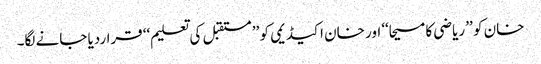
خان کو ’’ ریاضی کا مسیحا‘‘ اور خان اکیڈیمی کو ’’ مستقبل کی تعلیم‘‘ قراردیا جانے لگا۔